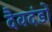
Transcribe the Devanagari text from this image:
दैवदंडों